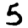
Digit: 5